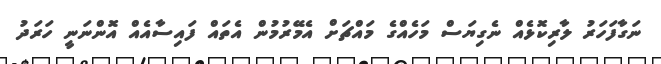
ނަގާފަހަރު ލާރިކޮޅެއް ނެގިޔަސް މަހެއްގެ މައްޗަށް އެމޭރުމުން އެތައް ފައިސާއެއް އޮންނަނީ ހަރަދު